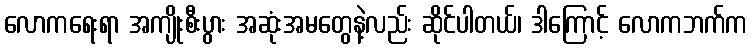
လောကရေးရာ အကျိုးစီးပွား အဆုံးအမတွေနဲ့လည်း ဆိုင်ပါတယ်၊ ဒါကြောင့် လောကဘက်က